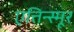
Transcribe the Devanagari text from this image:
एत्तिन्स्मूर